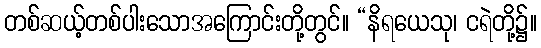
တစ်ဆယ့်တစ်ပါးသောအကြောင်းတို့တွင်။ “နိရယေသု၊ ငရဲတို့၌။